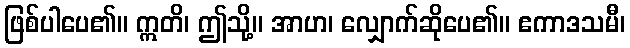
ဖြစ်ပါပေ၏။ ဣတိ၊ ဤသို့။ အာဟ၊ လျှောက်ဆိုပေ၏။ ဧကာဒသမီ၊